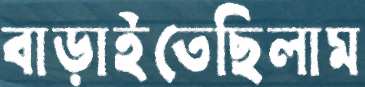
বাড়াইতেছিলাম